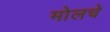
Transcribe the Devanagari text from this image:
मोलचे